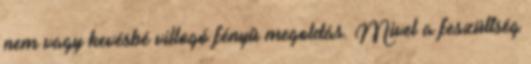
nem vagy kevésbé villogó fényû megoldás. Mivel a feszültség